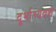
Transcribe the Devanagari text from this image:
दूर्भाग्यवश